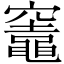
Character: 竈